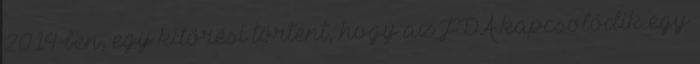
2014-ben, egy kitörési történt, hogy az FDA kapcsolódik egy